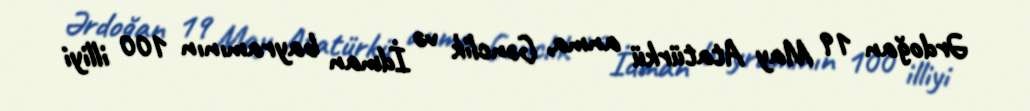
Ərdoğan 19 May Atatürkü anma, Gənclik və İdman bayramının 100 illiyi